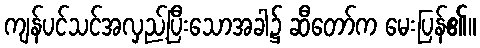
ကျန်ပင်သင်အလှည့်ပြီးသောအခါ၌ ဆီတော်က မေးပြန်၏။